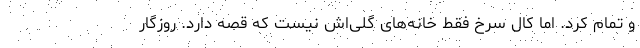
و تمام کرد. اما کال سرخ فقط خانه‌های گلی‌اش نیست که قصه دارد. روزگار